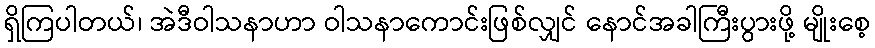
ရှိကြပါတယ်၊ အဲဒီဝါသနာဟာ ဝါသနာကောင်းဖြစ်လျှင် နောင်အခါကြီးပွားဖို့ မျိုးစေ့